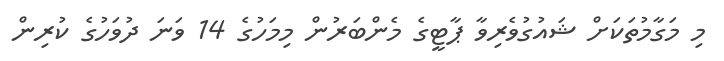
މި މަގާމުތަކަށް ޝައުގުވެރިވާ ޕާޓީގެ މެންބަރުން މިމަހުގެ 14 ވަަނަ ދުވަހުގެ ކުރިން